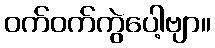
ဝက်ဝက်ကွဲပေါ့ဗျာ။